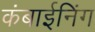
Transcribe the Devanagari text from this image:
कंबाईनिंग